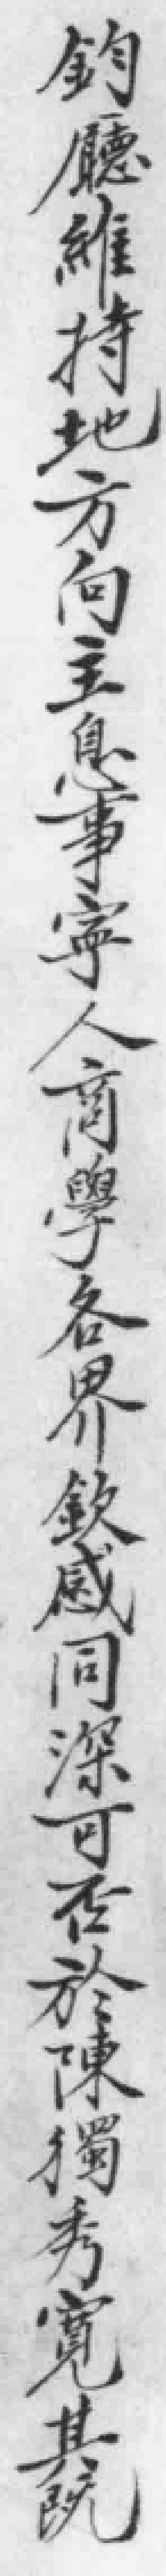
鈞廳維持地方向主息事寧人商學各界欽感同深可否於陳獨秀寬其既